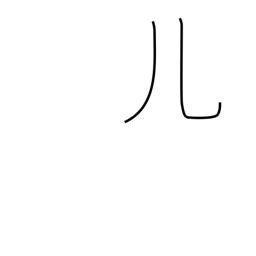
Meaning: legs radical (no. 10)